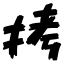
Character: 拷